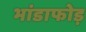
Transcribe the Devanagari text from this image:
भांडाफोड़